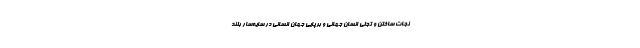
نجات ساختن و تجلّی انسان جهانی و برپایی جهان انسانی در سایه‌سار بلند